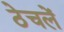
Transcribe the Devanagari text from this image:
ठेचलें